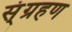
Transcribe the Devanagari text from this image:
स्ंग्रहण